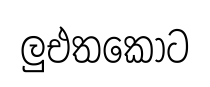
ලුඑතකොට